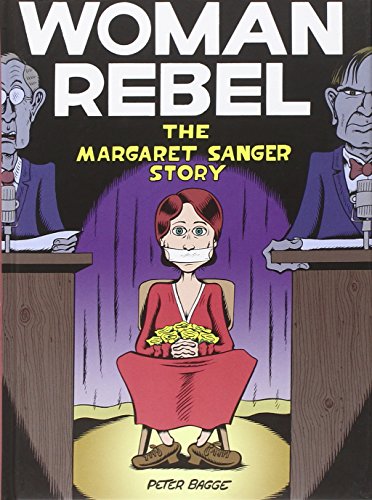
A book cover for Woman Rebel: The Margaret Sanger Story; Peter Bagge; Comics & Graphic Novels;